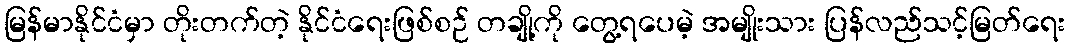
မြန်မာနိုင်ငံမှာ တိုးတက်တဲ့ နိုင်ငံရေးဖြစ်စဉ် တချို့ကို တွေ့ရပေမဲ့ အမျိုးသား ပြန်လည်သင့်မြတ်ရေး